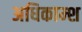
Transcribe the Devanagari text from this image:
अधिकाम्श